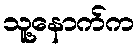
သူ့နောက်က